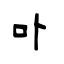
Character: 卟